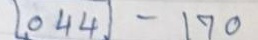
044 - 170